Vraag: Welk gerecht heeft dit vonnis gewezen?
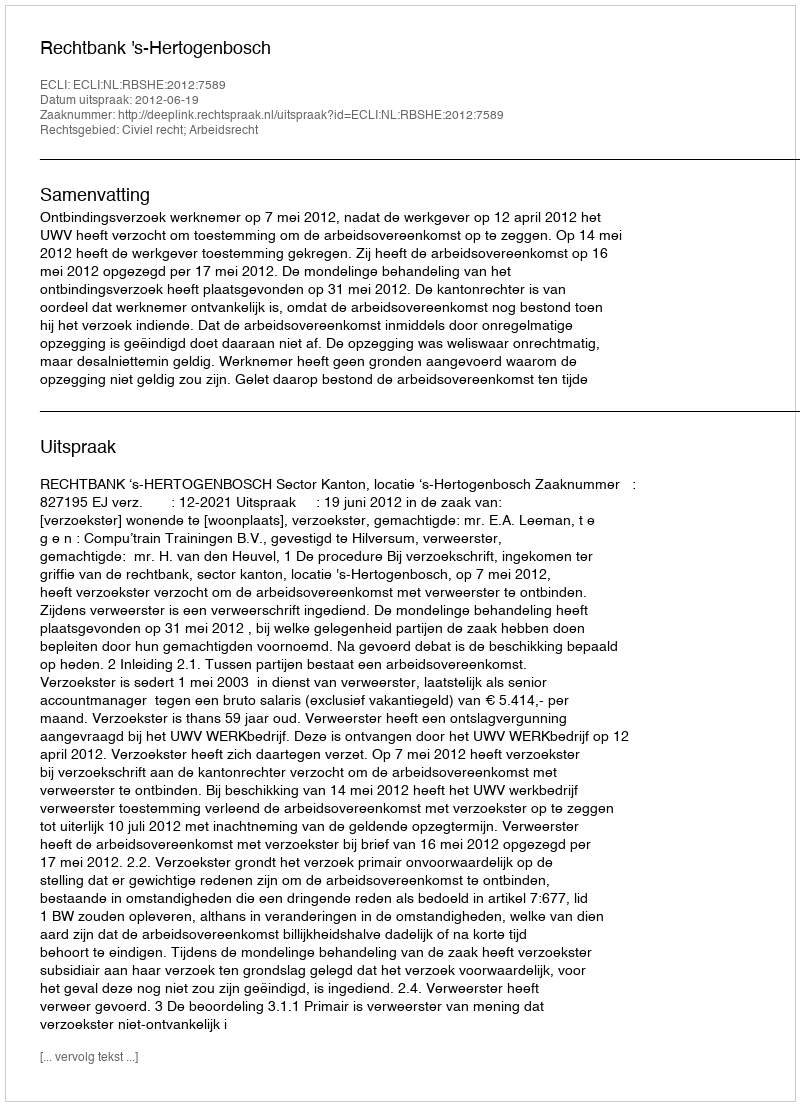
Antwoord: Rechtbank 's-Hertogenbosch